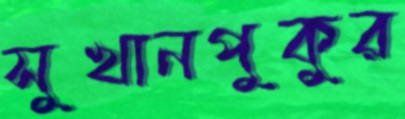
সুখানপুকুর